Document type: Grant of rights
Year: 1254
Scribe: Jaume de Port
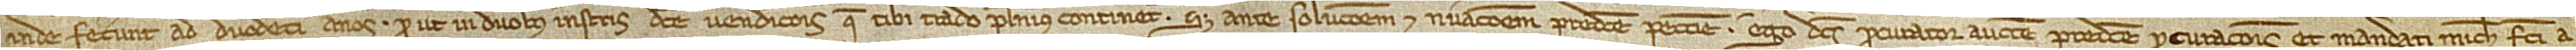
inde fecerunt ad duodecim annos, prout in duobus instrumentis dicte vendicionis que tibi trado plenius continetur. Set ante solucionem et numeracionem predicte peccunie ego dictus procurator auctoritate predicte procuracionis et mandati michi facti a